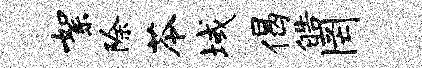
絮除苓域偈皓罔